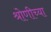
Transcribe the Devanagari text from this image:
श्रोणीच्या